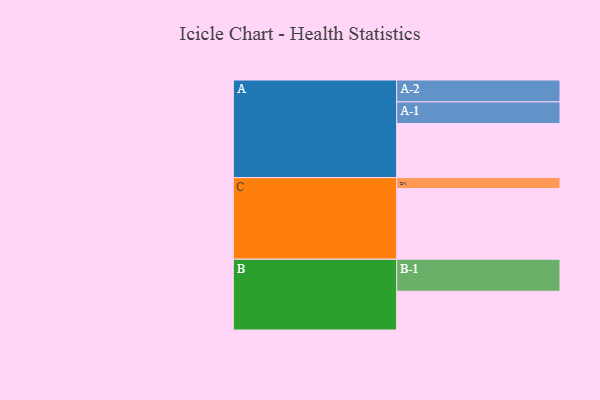
{"axis": {"x": "Segment", "y": "Value"}, "legend": ["", "A", "B", "C"], "data": [{"x": "A", "y": 455, "type": ""}, {"x": "B", "y": 326, "type": ""}, {"x": "C", "y": 595, "type": ""}, {"x": "A-1", "y": 183, "type": "A"}, {"x": "A-2", "y": 184, "type": "A"}, {"x": "B-1", "y": 270, "type": "B"}, {"x": "C-1", "y": 92, "type": "C"}]}